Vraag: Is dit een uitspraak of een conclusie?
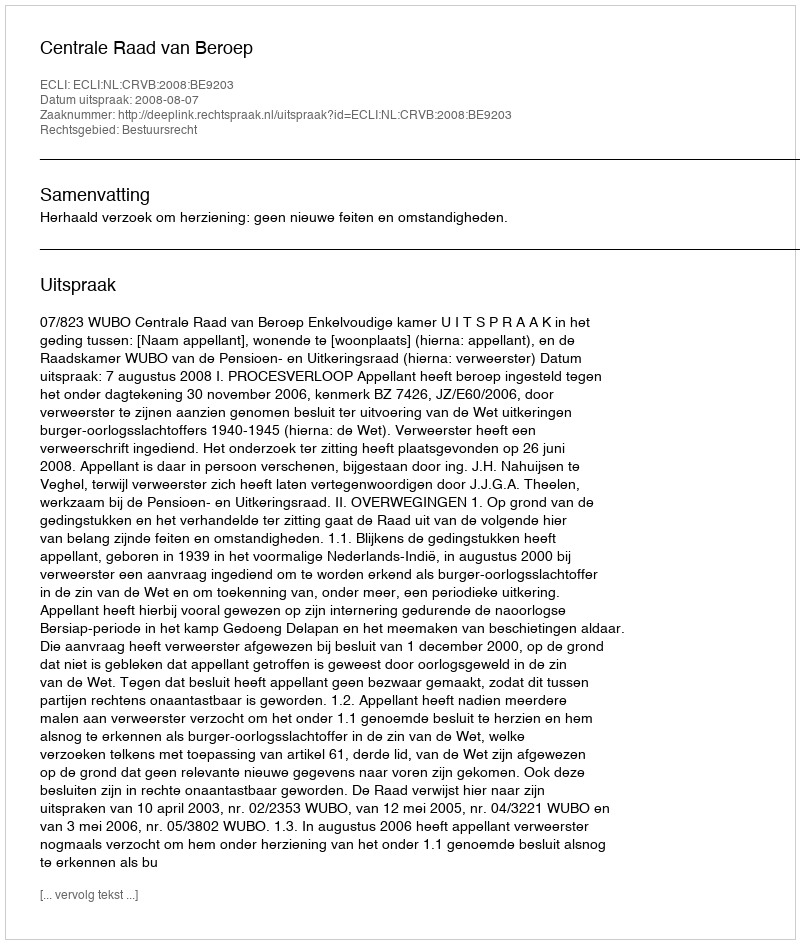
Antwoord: Uitspraak